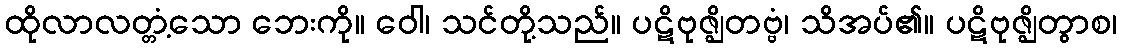
ထိုလာလတ္တံ့သော ဘေးကို။ ဝေါ၊ သင်တို့သည်။ ပဋိဗုဇ္ဈိတဗ္ဗံ၊ သိအပ်၏။ ပဋိဗုဇ္ဈိတွာစ၊